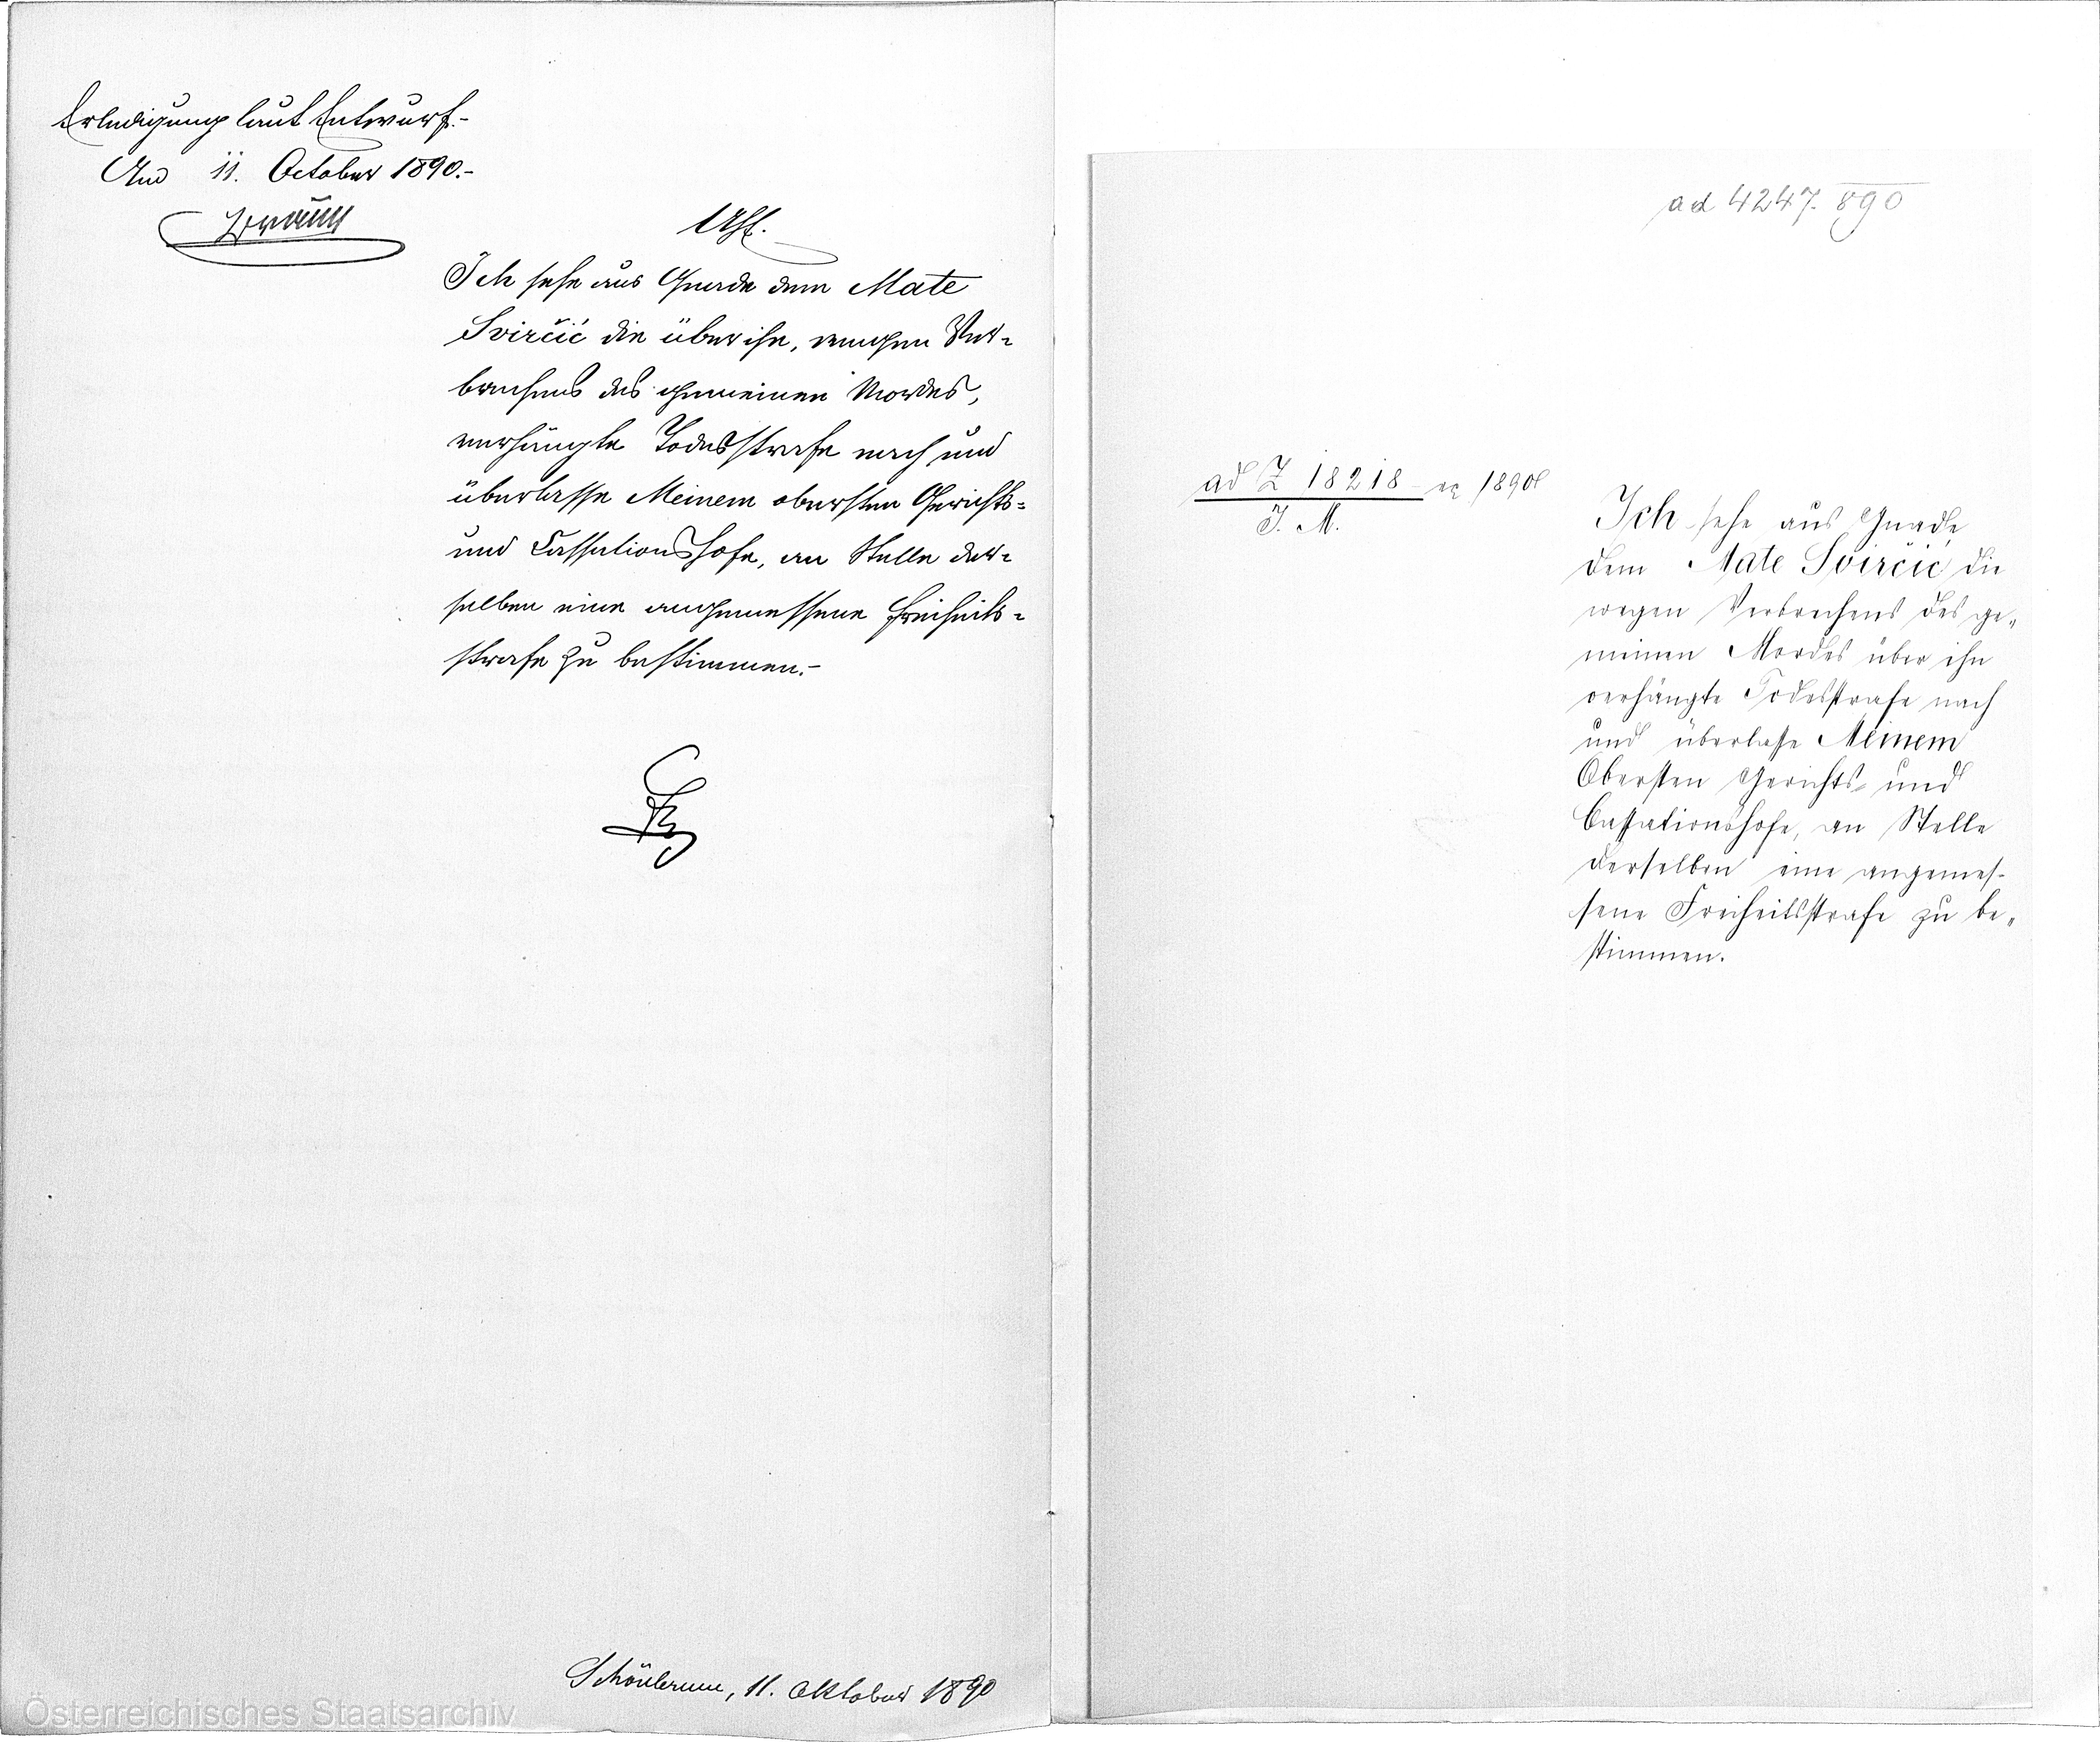
Erledigung laut Entwurf.-
Am 11. October 1890.-
xx

AhE.
Ich sehe aus Gnade dem Mate
Svirčić die über ihn wegen Ver¬
brechens des gemeinen Mordes,
verhängte Todesstrafe nach und
überlasse Meinem obersten Gerichts-
und Cassationshofe, an Stelle der¬
selben eine angemessene Freiheits¬
strafe zu bestimmen.-
xx

ad 4247. 890

Ich sehe aus Gnade
dem Mate Svirčić die
wegen Verbrechens des ge¬
meinen Mordes über ihn
verhängte Todesstrafe nach
und überlasse Meinem
Obersten Gerichts- und
Cassationshofe, an Stelle
derselben eine angemes¬
sene Freiheitsstrafe zu be¬
stimmen.

ad Z 18218/ ep 1890xx
J. M.

Schönbrunn, 11. Oktober 1890